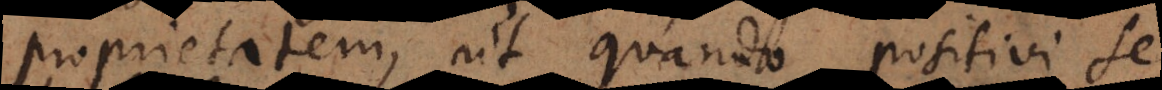
proprietatem, ut quando positivi se